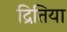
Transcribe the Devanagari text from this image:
द्रितिया